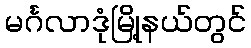
မင်္ဂလာဒုံမြို့နယ်တွင်